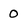
Character: o